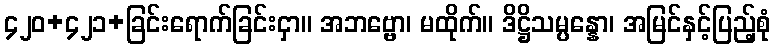
၄၂၀+၄၂၁+ခြင်းရောက်ခြင်းငှာ။ အဘဗ္ဗော၊ မထိုက်။ ဒိဋ္ဌိသမ္ပန္နော၊ အမြင်နှင့်ပြည့်စုံ